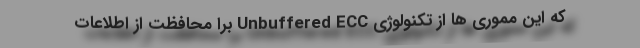
که این مموری ها از تکنولوژی Unbuffered ECC برا محافظت از اطلاعات